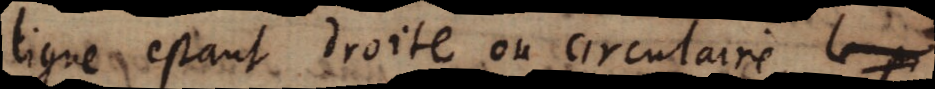
ligne estant droite ou circulaire _